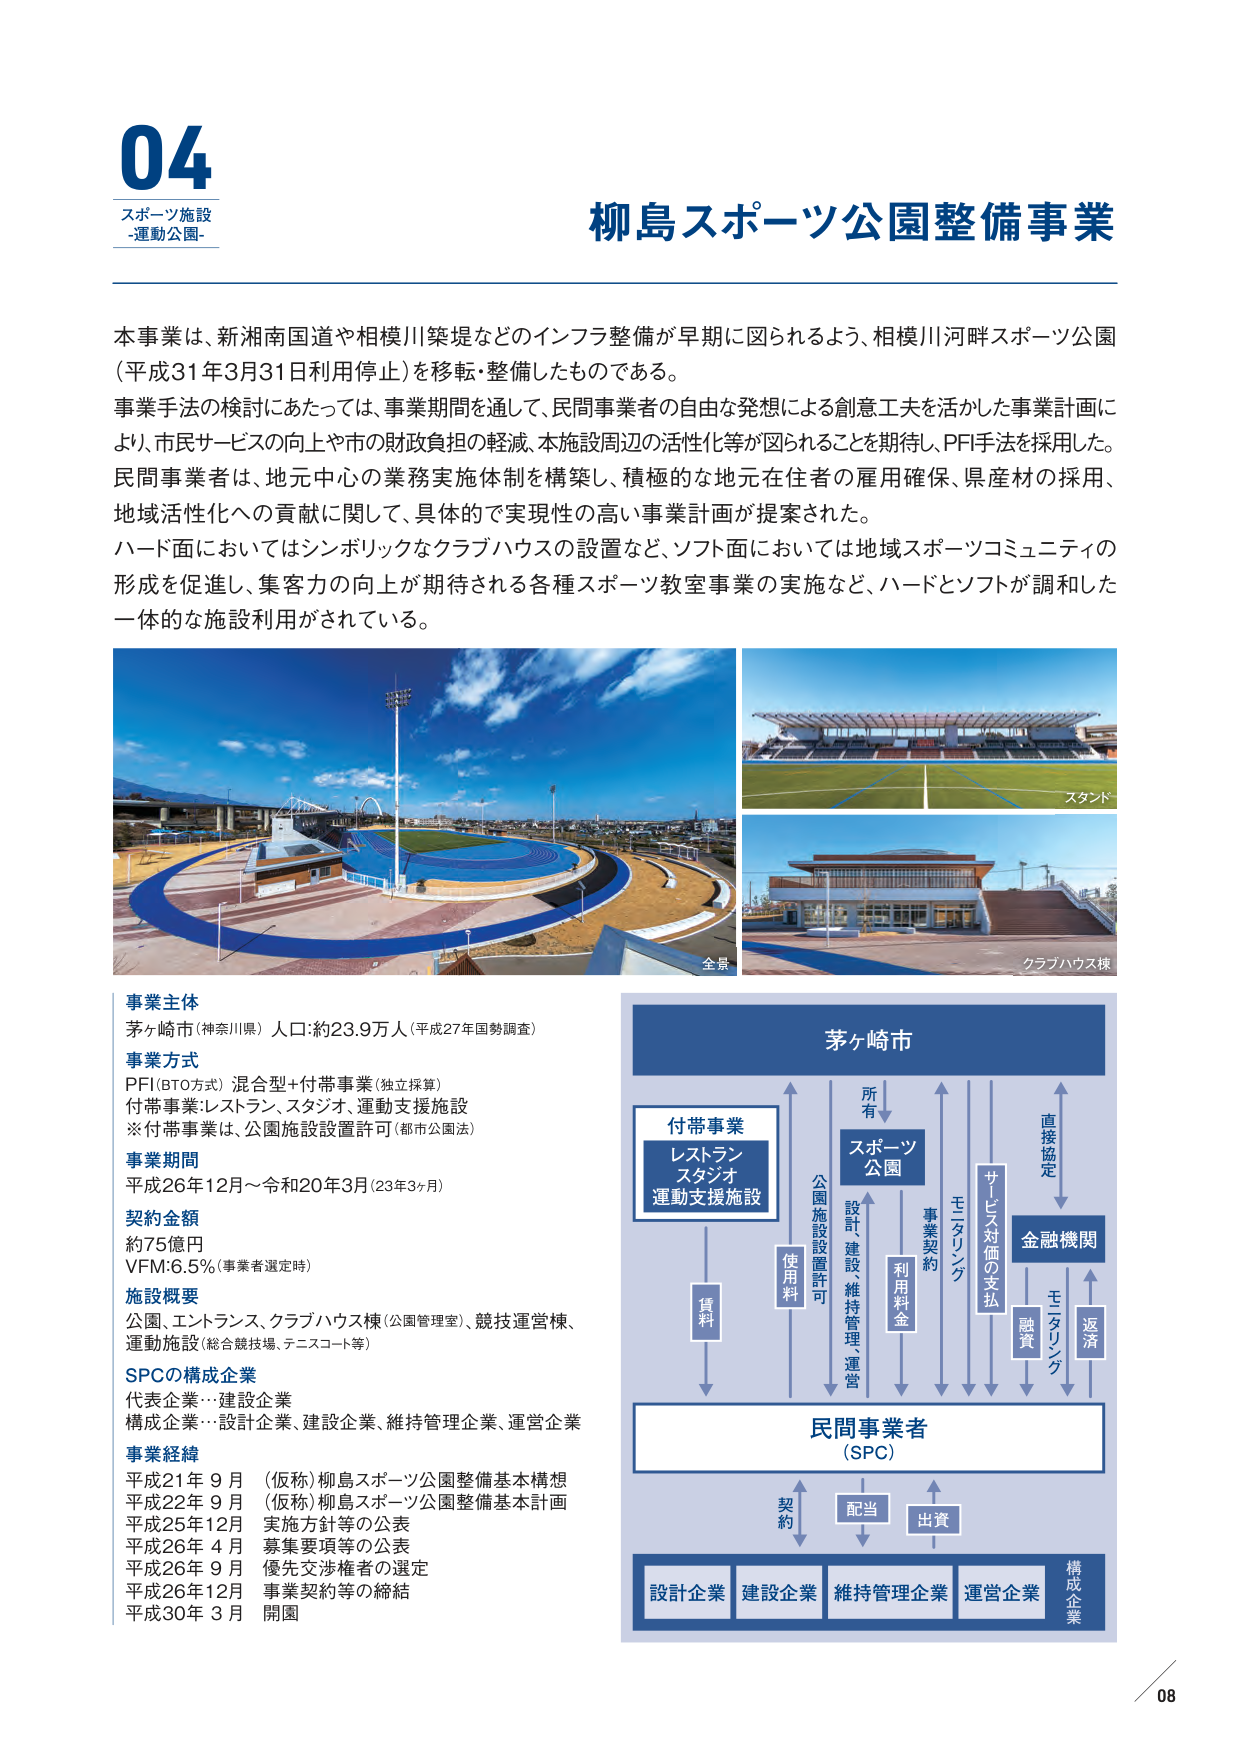
04
スポーツ施設
-運動公園-

柳島スポーツ公園整備事業

本事業は、新湘南国道や相模川築堤などのインフラ整備が早期に図られるよう、相模川河畔スポーツ公園（平成31年3月31日利用停止）を移転・整備したものである。
事業手法の検討にあたっては、事業期間を通じて、民間事業者の自由な発想による創意工夫を活かした事業計画により、市民サービスの向上や市の財政負担の軽減、本施設周辺の活性化等が図られることを期待し、PFI手法を採用した。
民間事業者は、地元中心の業務実施体制を構築し、積極的な地元在住者の雇用確保、県産材の採用、地域活性化への貢献に関して、具体的で実現性の高い事業計画が提案された。
ハード面においてはシンボリックなクラブハウスの設置など、ソフト面においては地域スポーツコミュニティの形成を促進し、集客力の向上が期待される各種スポーツ教室事業の実施など、ハードとソフトが調和した一体的な施設利用がされている。

全景
スタンド
クラブハウス棟

事業主体
茅ヶ崎市（神奈川県） 人口：約23.9万人（平成27年国勢調査）

事業方式
PFI（BTO方式） 混合型＋付帯事業（独立採算）
付帯事業：レストラン、スタジオ、運動支援施設
※付帯事業は、公園施設設置許可（都市公園法）

事業期間
平成26年12月～令和20年3月（23年3ヶ月）

契約金額
約75億円
VFM：6.5％（事業者選定時）

施設概要
公園、エントランス、クラブハウス棟（公園管理室）、競技運営棟、運動施設（総合競技場、テニスコート等）

SPCの構成企業
代表企業：建設企業
構成企業：設計企業、建設企業、維持管理企業、運営企業

事業経緯
平成21年 9月 （仮称）柳島スポーツ公園整備基本構想
平成22年 9月 （仮称）柳島スポーツ公園整備基本計画
平成25年12月 実施方針等の公表
平成26年 4月 募集要項等の公表
平成26年 9月 優先交渉権者の選定
平成26年12月 事業契約等の締結
平成30年 3月 開園

茅ヶ崎市
付帯事業
レストラン
スタジオ
運動支援施設
所有
スポーツ
公園
設計建設、
維持管理、
運営
事業契約
利用料金
モニタリング
サービス対価の支払
金融機関
直接協定
融資
モニタリング
返済
公園施設設置許可
使用料
賃料
民間事業者
（SPC）
契約
配当
出資
設計企業
建設企業
維持管理企業
運営企業
構成企業

08